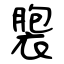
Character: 褜